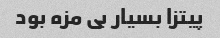
پیتزا بسیار بی مزه بود